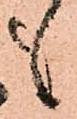
も